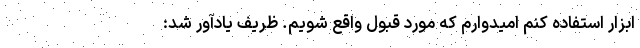
ابزار استفاده کنم امیدوارم که مورد قبول واقع شویم. ظریف یادآور شد: